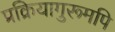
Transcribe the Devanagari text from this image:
प्रक्रियागुरूमपि